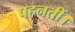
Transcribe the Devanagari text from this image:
पहनतीं।